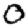
Digit: 0